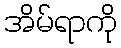
အိမ်ရာကို